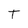
Character: T